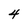
Character: 4